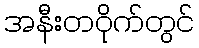
အနီးတဝိုက်တွင်